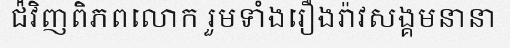
ជ៉ំវិញពិភពលោក រួមទាំងរឿងរ៉ាវសង្គមនានា